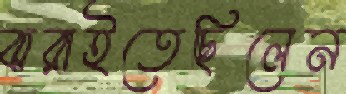
ঝরাইতেছিলেন